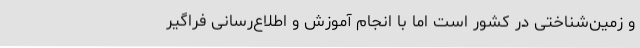
و زمین‌شناختی در کشور است اما با انجام آموزش و اطلاع‌رسانی فراگیر